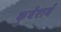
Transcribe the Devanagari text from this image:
कुबेरानें